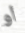
أو